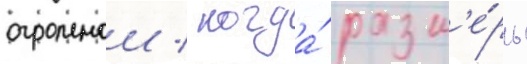
огромнои / когда́ разм'е́ры